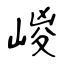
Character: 嵕